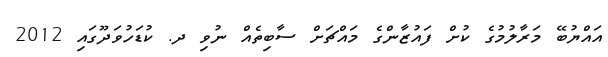
އައްޔުބޭ މަރާލުމުގެ ކުށް ފައުޒާންގެ މައްޗަށް ސާބިތެއް ނުވި ދ. ކުޑަހުވަދޫގައި 2012